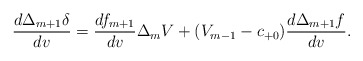
\begin{align*} \frac{d\Delta_{m+1}\delta}{dv}=\frac{df_{m+1}}{dv}\Delta_{m}V+(V_{m-1}-c_{+0})\frac{d\Delta_{m+1}f}{dv}.\end{align*}